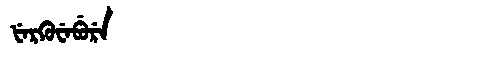
Manchu: ᡶᡝᡵᡤᡠᠸᡝᠪᡠᡵᡝ
Romanization: FERGUWEBURE